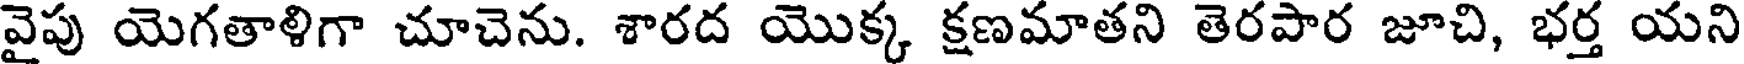
వైపు యెగతాళిగా చూచెను. శారద యొక్క క్షణమాతని తెరపార జూచి, భర్త యని